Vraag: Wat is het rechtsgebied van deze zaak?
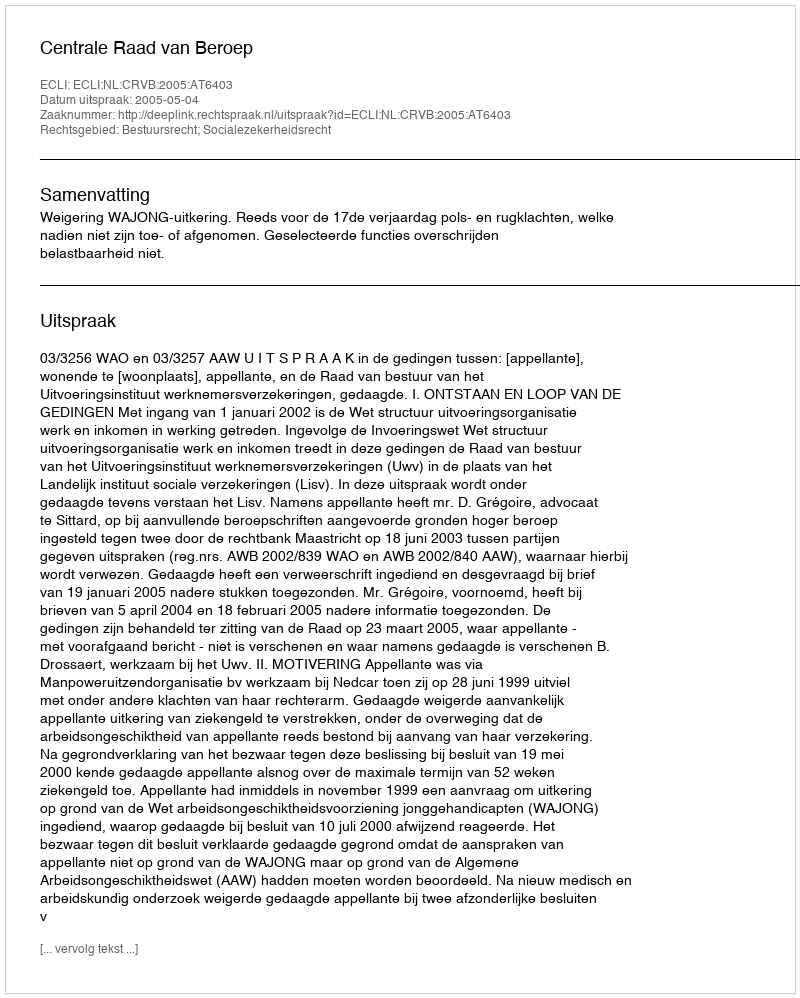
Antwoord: Bestuursrecht; Socialezekerheidsrecht